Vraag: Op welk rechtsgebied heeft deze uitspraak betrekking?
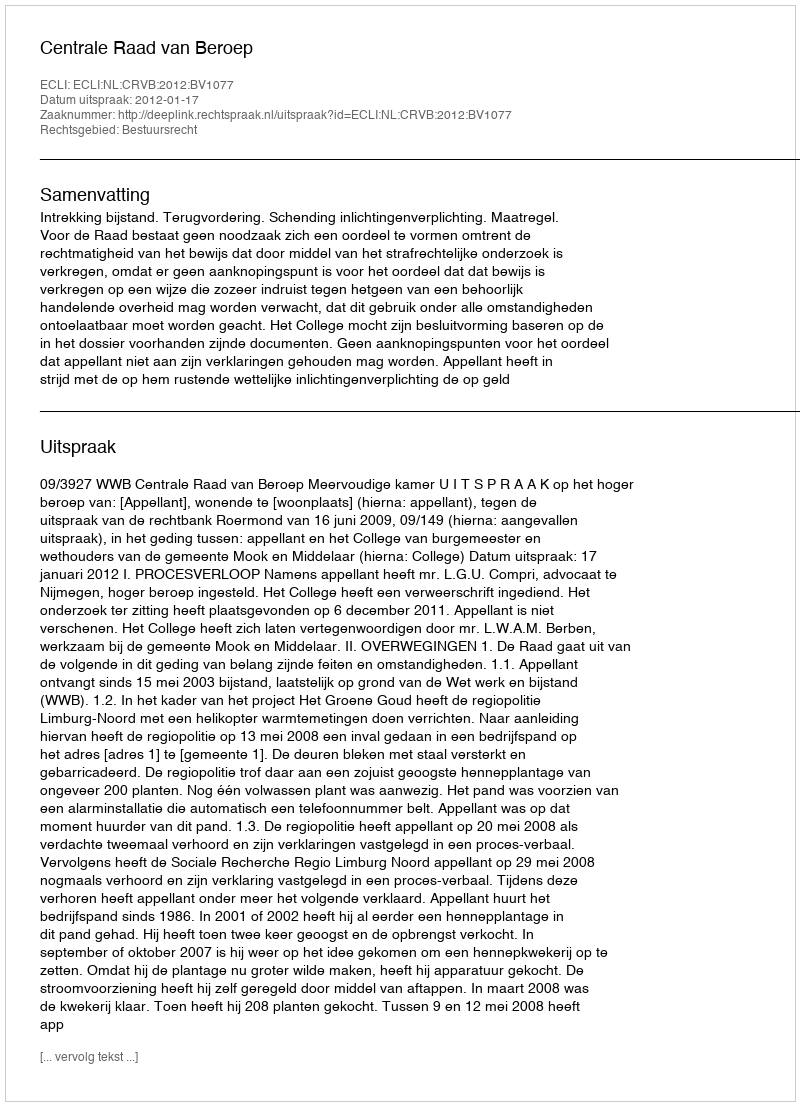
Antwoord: Bestuursrecht